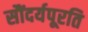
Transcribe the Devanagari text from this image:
सौंदर्यपूरति